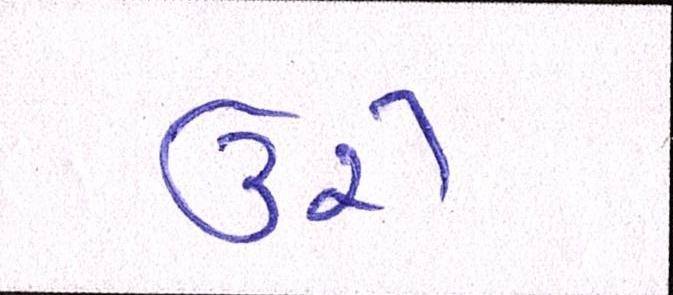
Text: ઉરી